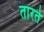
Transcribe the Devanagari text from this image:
तारते